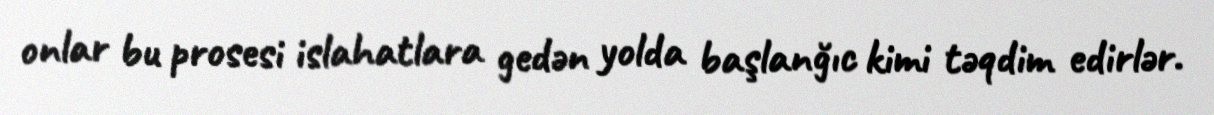
onlar bu prosesi islahatlara gedən yolda başlanğıc kimi təqdim edirlər.